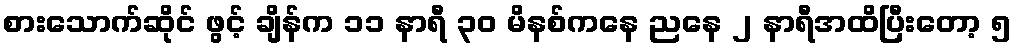
စားသောက်ဆိုင် ဖွင့် ချိန်က ၁၁ နာရီ ၃၀ မိနစ်ကနေ ညနေ ၂ နာရီအထိပြီးတော့ ၅